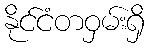
နိုင်ငံတဝှမ်းရှိ